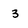
Character: 3